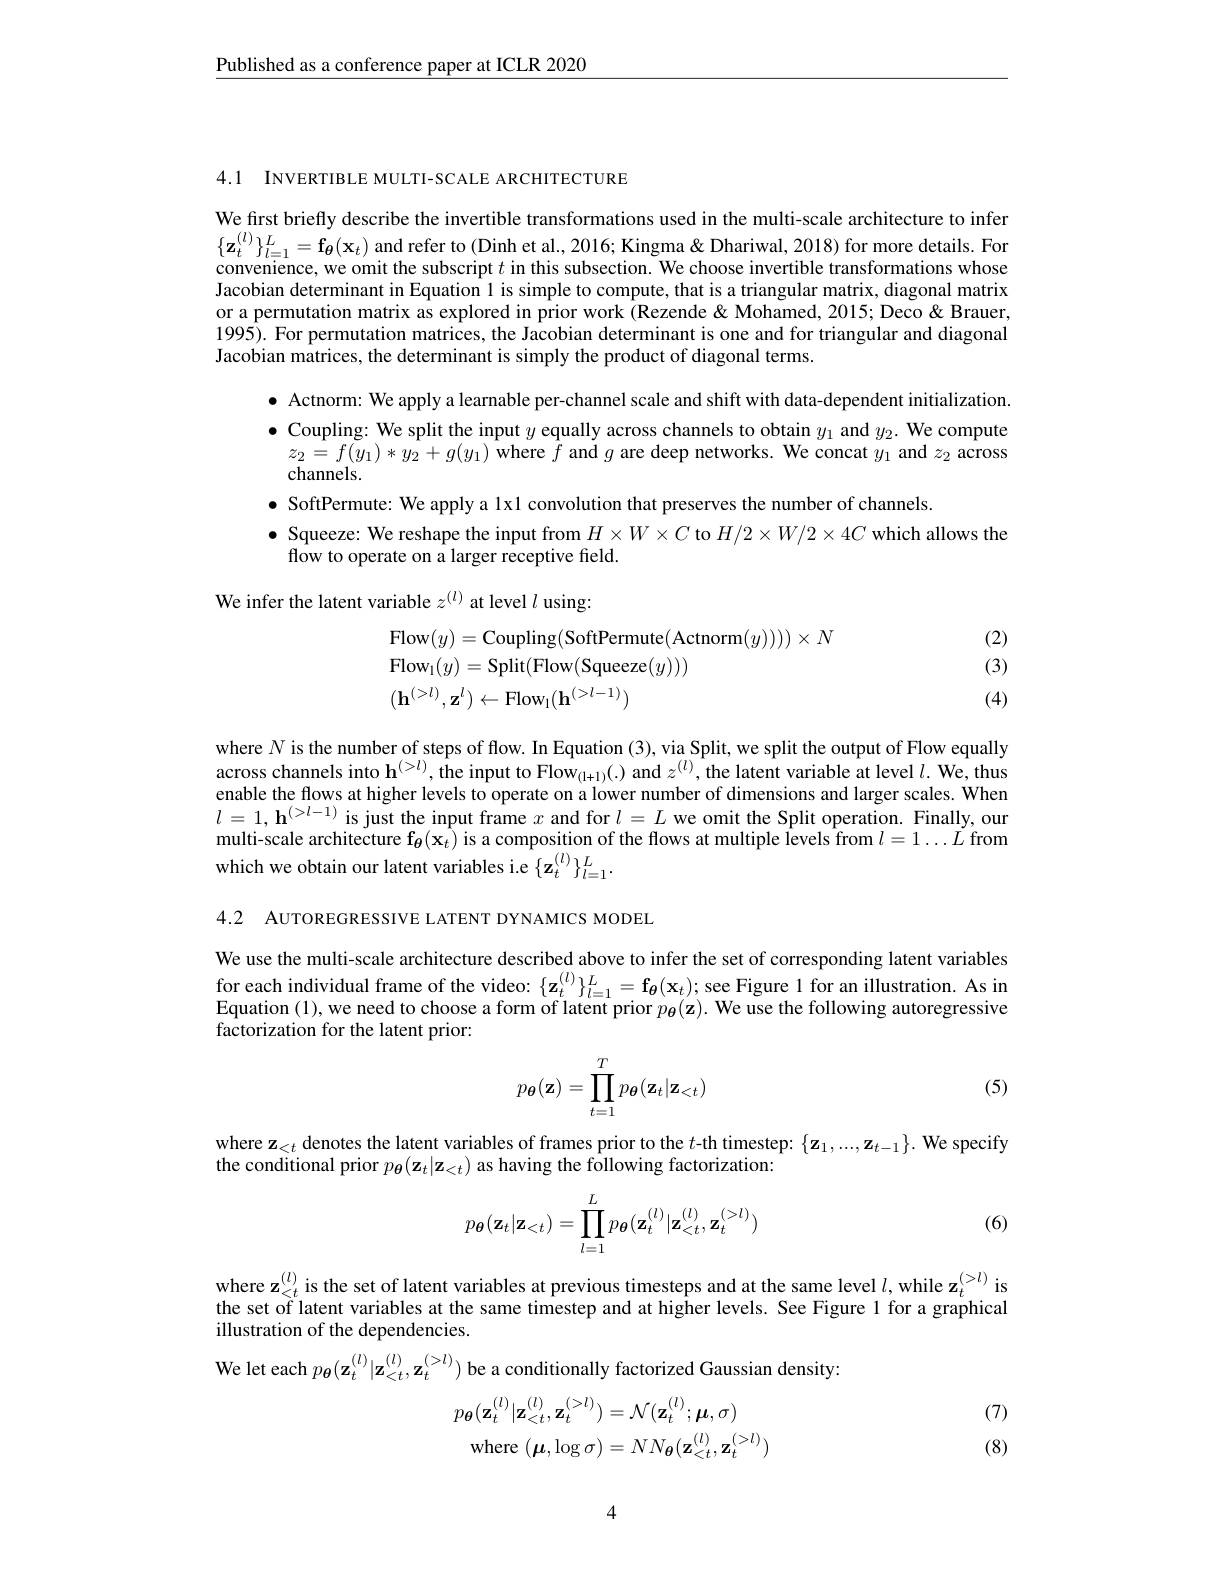
$\underline{\text{Published as a conference paper at ICLR 2020}}$

We first briefly describe the invertible transformations used in the multi-scale architecture to infer $\{\mathbf{z}_t^{(l)}\}_{l=1}^L=\mathbf{f}_\theta(\mathbf{x}_t)$ and refer to (Dinh et al., 2016; Kingma& Dhariwal, 2018) for more details. For convenience, we omit the subscript $t$ in this subsection. We choose invertible transformations whose Jacobian determinant in Equation 1 is simple to compute, that is a triangular matrix, diagonal matrix or a permutation matrix as explored in prior work (Rezende & Mohamed, 2015; Deco & Brauer, 1995). For permutation matrices, the Jacobian determinant is one and for triangular and diagonal Jacobian matrices, the determinant is simply the product of diagonal terms.

4.1 INVERTIBLE MULTI-SCALE ARCHITECTURE
$\bullet$ Actnorm: We apply a learnable per-channel scale and shift with data-dependent initialization. $\bullet$ Coupling: We split the input $y$ equally across channels to obtain $y_1$ and $y_2.$ We compute
$z_{2}=f(y_{1})*y_{2}+g(y_{1})$ where $f$ and $g$ are deep networks. We concat $y_1$ and $z_2$ across
channels.
$\bullet$ SoftPermute: We apply a lx1 convolution that preserves the number of channels.
$\bullet$ Squeeze: We reshape the input from $H\times W\times C$ to $H/2\times W/2\times4C$ which allows the
flow to operate on a larger receptive field.
We infer the latent variable $z^{(l)}$ at level $l$ using:
(2)
$$\begin{aligned}&\mathrm{Flow}(y)=\mathrm{Coupling}(\mathrm{SoftPermute}(\mathrm{Actnorm}(y))))\times N\\&\mathrm{Flow}_{1}(y)=\mathrm{Split}(\mathrm{Flow}(\mathrm{Squeeze}(y)))\\&(\mathbf{h}^{(>l)},\mathbf{z}^{l})\leftarrow\mathrm{Flow}_{1}(\mathbf{h}^{(>l-1)})\end{aligned}$$
(3)

(4)

where $N$ is the number of steps of flow. In Equation (3), via Split, we split the output of Flow equally across channels into $\mathbf{h}^{(>l)},\hat{\text{the input to Flow}}_{(1+1)}(.)$ and $z^{(l)}$,the latent variable at level $l.$ We, thus enable the flows at higher levels to operate on a lower number of dimensions and larger scales. When $l=1,\mathbf{h}^{(>l-1)}$ is just the input frame $x$ and for $l=L$ we omit the Split operation. Finally, our multi-scale architecture $\mathbf{f_{\theta}(x_{t})}$ is a composition of the flows at multiple Îevels from $l=1\ldots\tilde{L}$ from which we obtain our latent variables i.e $\{\mathbf{z}_{t}^{(l)}\}_{l=1}^{L}.$

4.2 AUTOREGRESSIVE LATENT DYNAMICS MODEL

We use the multi-scale architecture described above to infer the set of corresponding latent variables for each individual frame of the video: $\{\mathbf{z}_t^{(l)}\}_{l=1}^L=\mathbf{f}_{{\boldsymbol{\theta}}}(\mathbf{x}_t);$ see Figure 1 for an illustration. As in Equation (1), we need to choose a form of latent prior $p_{\boldsymbol{\theta}}(\mathbf{z}).$ We use the following autoregressive factorization for the latent prior:
$$p_{\boldsymbol{\theta}}(\mathbf{z})=\prod_{t=1}^Tp_{\boldsymbol{\theta}}(\mathbf{z}_t|\mathbf{z}_{<t})$$
(5)

where $\mathbf{z}_<t$ denotes the latent variables of frames prior to the $t$-th timestep: $\{\mathbf{z}_1,...,\mathbf{z}_{t-1}\}.$ We specify
the conditional prior $p_{\boldsymbol{\theta}}(\mathbf{z}_{t}|\mathbf{z}_{<t})$ as having the following factorization:

(6)
$$p_{\boldsymbol{\theta}}(\mathbf{z}_t|\mathbf{z}_{<t})=\prod_{l=1}^Lp_{\boldsymbol{\theta}}(\mathbf{z}_t^{(l)}|\mathbf{z}_{<t}^{(l)},\mathbf{z}_t^{(>l)})$$
where z$_{<t}^{(l)}$ is the set of latent variables at previous timesteps and at the same level $l,\mathrm{while~z}_t^{(>l)}$ is the set of latent variables at the same timestep and at higher levels. See Figure 1 for a graphical illustration of the dependencies.
We let each $p_{\boldsymbol{\theta}}(\mathbf{z}_t^{(l)}|\mathbf{z}_{<t}^{(l)},\mathbf{z}_t^{(>l)})$ be a conditionally factorized Gaussian density:

(7)
$$p_{\boldsymbol{\theta}}(\mathbf{z}_{t}^{(l)}|\mathbf{z}_{<t}^{(l)},\mathbf{z}_{t}^{(>l)})=\mathcal{N}(\mathbf{z}_{t}^{(l)};\boldsymbol{\mu},\sigma)\\\mathrm{where}\:(\boldsymbol{\mu},\log\sigma)=NN_{\boldsymbol{\theta}}(\mathbf{z}_{<t}^{(l)},\mathbf{z}_{t}^{(>l)}$$
(8)

4